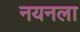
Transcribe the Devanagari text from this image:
नयनला